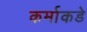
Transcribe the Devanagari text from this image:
कर्माकडे